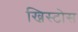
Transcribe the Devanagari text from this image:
ख्रिस्टोस